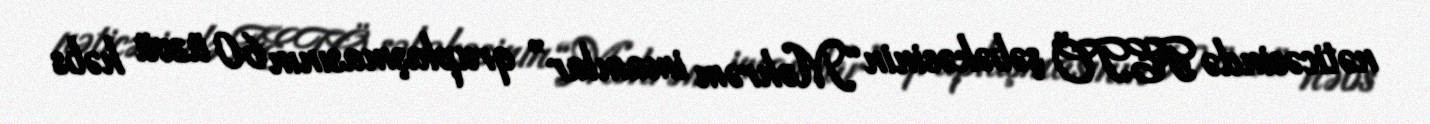
nəticəsində FETÖ şəbəkəsinin “Məhrəm imamlar” qruplaşmasının 60 üzvü həbs